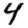
Digit: 4